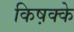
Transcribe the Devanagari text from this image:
किष़क्के